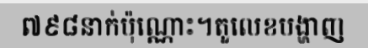
៧៩៨នាក់ប៉ុណ្ណោះ។តួលេខបង្ហាញ